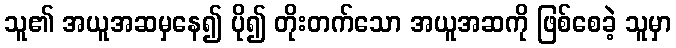
သူ၏ အယူအဆမှနေ၍ ပို၍ တိုးတက်သော အယူအဆကို ဖြစ်စေခဲ့ သူမှာ